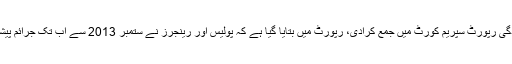
2016ء) سندھ حکومت نے 5 سال کی کارکردگی رپورٹ سپریم کورٹ میں جمع کرادی، رپورٹ میں بتایا گیا ہے کہ پولیس اور رینجرز نے ستمبر 2013 سے اب تک جرائم پیشہ افراد کیخلاف 17ہزار سے زائد آپریشن کئے۔